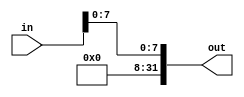
////////////////////////////////////////////////
// SIGNEXTEND.V
//
// TU/e Eindhoven University Of Technology
// Eindhoven, The Netherlands
// 
// Based on work by Sander Stuijk
// 
// Function:
//     Sign extension
//
// Version:
//     (27-01-2014): initial version
//
//////////////////////////////////////////////!/

module SIGNEXTEND_BYTE(in, out);
    input   [31:0] in;
    output  [31:0] out;
    
    
    // Note: The GNU assembler assumes that signextension is not done on a LB instruction,
    // altough the MIPS instruction set description describes this. But as we use the GNU
    // tools we skip sign extension and make the upper 24 bits always 0. If we wouldn't
    // do this, the program will run into problems.
    assign out = {24'b0, in[7:0]};

endmodule